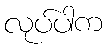
လုပ်ပါက